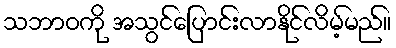
သဘာဝကို အသွင်ပြောင်းလာနိုင်လိမ့်မည်။